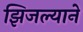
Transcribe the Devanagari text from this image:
झिजल्याने